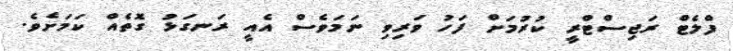
ފްލެޓް ރަޖިސްޓްރީ ކުރުމަށް ފަހު ވަރިވި ނަމަވެސް އެއީ ރަނގަޅު ގޮތެއް ކަމަށެވެ.